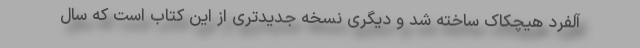
آلفرد هیچکاک ساخته شد و دیگری نسخه جدیدتری از این کتاب است که سال